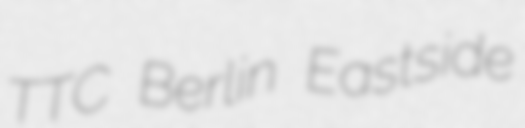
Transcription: TTC Berlin Eastside